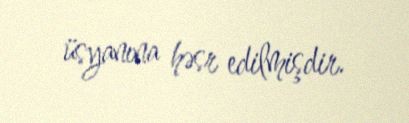
üsyanına həsr edilmişdir.